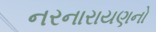
નરનારાયણનો